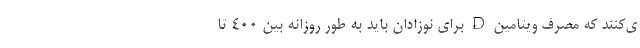
ی‌کنند که مصرف ویتامین D برای نوزادان باید به طور روزانه بین ۴۰۰ تا